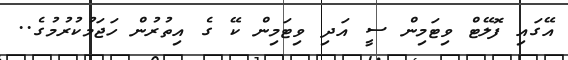
އޭގައި ފޮލޭޓް ވިޓަމިން ސީ އަދި ވިޓަމިން ކޭ ގެ އިތުރުން ހަޖަމުކުރުމުގެ..